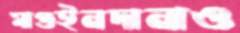
মাগুইনদানাও